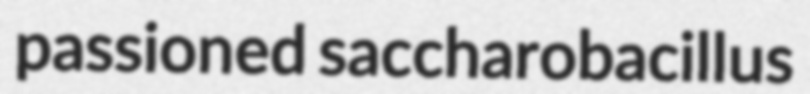
passioned saccharobacillus